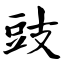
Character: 豉